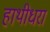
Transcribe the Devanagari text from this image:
हाथीधरा